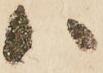
八